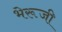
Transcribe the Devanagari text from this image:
भेरूजी